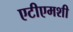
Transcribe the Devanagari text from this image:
एटीएमशी